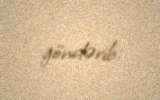
göndərib.